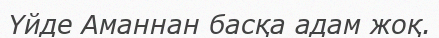
Үйде Аманнан басқа адам жоқ.